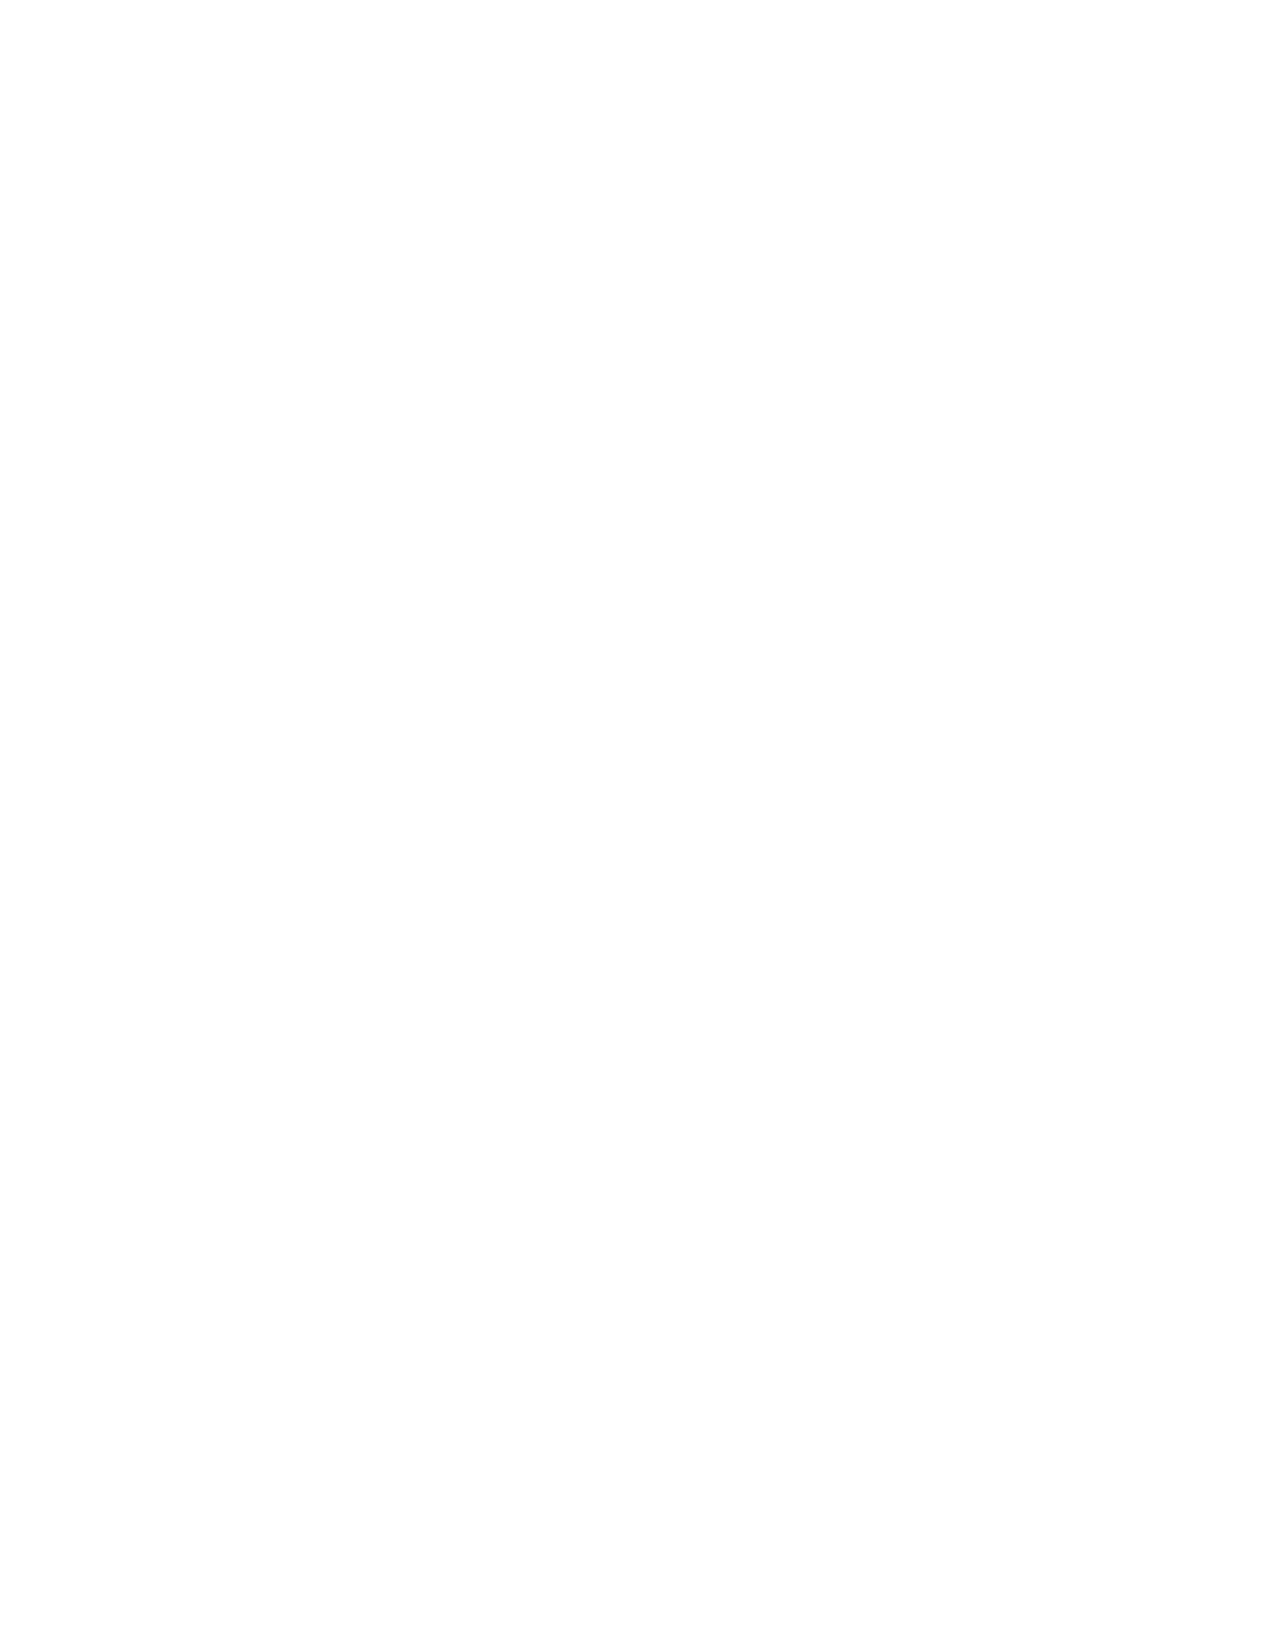
Page   8 is Blank
 007884-72507 GRE Biochemistry Test Practice Book • Dr01 4/17/08 ta • Dr02 5/7/08 ta • Dr03 5/20/08 ta • [NEW 108353] • CS6 • Dr01 5/1/15 jw • Dr02
 6/1/15 jw • Dr03 6/11/15 jw • Dr03 int1 6/15/15 jw • Dr04 6/22/15 jw • [New Job] 007884-113203 Drft01 3/22/16 ew • PDF-ACC Drft01 3/28/16 ew